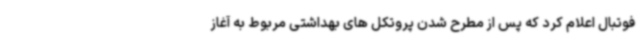
فوتبال اعلام کرد که پس از مطرح شدن پروتکل های بهداشتی مربوط به آغاز